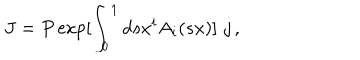
J = P \exp [ \int _ { 0 } ^ { 1 } d s x ^ { i } A _ { i } ( s x ) ] \, \, j \, ,